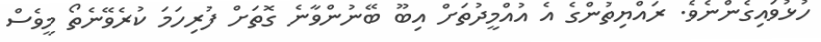
ހުޅުވައިގެންނެވެ. ރައްޔިތުންގެ އެ އުއްމީދުތަށް އިބޫ ބޭނުންވާނެ ގޮތަށް ފުރިހަމަ ކުރެވޭނެތޯ މީވެސް